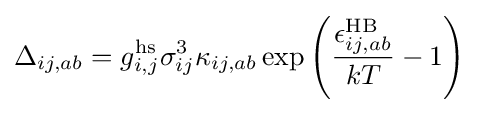
\Delta _{ij,ab}=g_{i,j}^{\text{hs}}\sigma _{ij}^{3}\kappa _{ij,ab}\exp {\left({\frac {\epsilon _{ij,ab}^{\text{HB}}}{kT}}-1\right)}